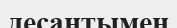
десантымен